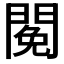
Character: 𨵃